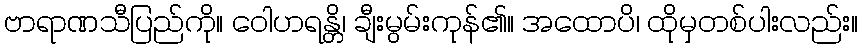
ဗာရာဏသီပြည်ကို။ ဝေါဟရန္တိ၊ ချီးမွမ်းကုန်၏။ အထောပိ၊ ထိုမှတစ်ပါးလည်း။